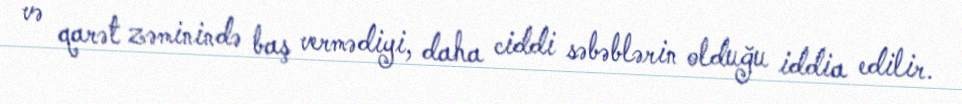
və qarət zəminində baş vermədiyi, daha ciddi səbəblərin olduğu iddia edilir.